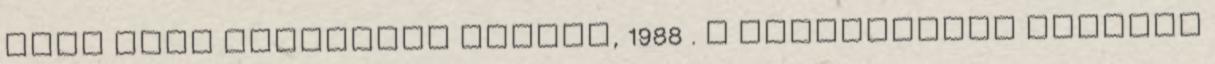
vagy pénz Borgerhoﬀ Mulder, 1988 . A menyasszony vételár